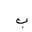
Letter: _ba